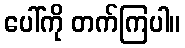
ပေါ်ကို တက်ကြပါ။